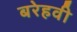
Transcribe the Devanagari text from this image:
बरेहवी